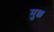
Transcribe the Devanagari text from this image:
मुछ